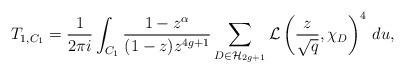
LaTeX: \begin{align*}T_{1,C_1} = \frac{1}{2 \pi i} \int_{C_1} \frac{1 - z^{\alpha}}{(1-z)z^{4g+1}} \sum_{D \in \mathcal{H}_{2g+1}} \mathcal{L} \left( \frac{z}{\sqrt{q}} , \chi_D \right)^4 \, du ,\end{align*}